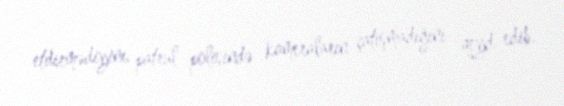
etdirmədiyini, patrul polisində kameraların çatışmadığını qeyd edib.